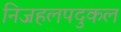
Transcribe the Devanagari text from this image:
निजहलपदुकल